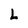
Character: L